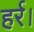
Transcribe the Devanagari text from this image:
हर्र।